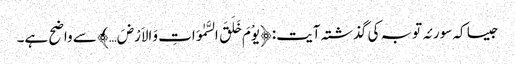
جیسا کہ سورئہ توبہ کی گذشتہ آیت: ﴿یوْمَ خَلَقَ السَّمٰوَاتِ وَالاَرْضَ…﴾ سے واضح ہے۔